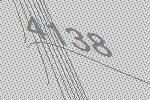
4138